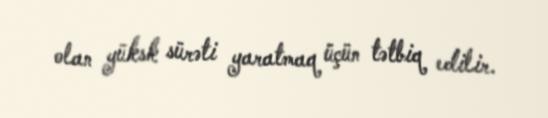
olan yüksk sürəti yaratmaq üçün tətbiq edilir.